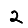
Digit: 2